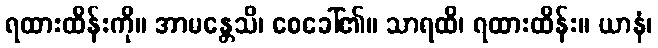
ရထားထိန်းကို။ အာမန္တေသိ၊ စေခေါ်၏။ သာရထိ၊ ရထားထိန်း။ ယာနံ၊